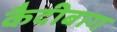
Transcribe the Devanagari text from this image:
कैदीबाग